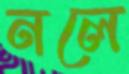
নলে